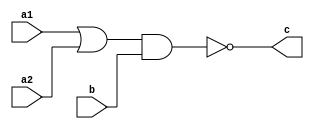
// An implementation of carry lookhead adder.
module oai21 (
	input a1, 
	input a2, 
	input b,
	output c
);
assign c = ~ ((a1 | a2)  & b);
endmodule

module aoi21 (
	input a1, 
	input a2, 
	input b,
	output c
);
assign c = ~((a1 & a2) | b );
endmodule


module adder_module_A (
	input i_bit1,
	input i_bit2,
	input i_carry,
	output o_sum,
	output o_ng,
	output o_np
);

wire nbit1, nbit2, nc, a, b1, b2;
not (nbit1, i_bit1);
not (nbit2, i_bit2);
not (nc, i_carry);

nor (o_np, i_bit1, i_bit2);
nand (o_ng, i_bit1, i_bit2);

wire x1, x2, x3, x4;
nand (x1, i_bit1, nbit2, nc);
nand (x2, nbit1, i_bit2, nc);
nand (x3, nbit1, nbit2, i_carry);
nand (x4, i_bit1, i_bit2, i_carry);
nand (o_sum, x1, x2, x3, x4);
endmodule



// for input,  1 comes from above and 2 comes from right.
// for output, 1 goes to up and 2 goes to right.
module adder_module_B_type_1 (
	input i_ng1, i_ng2,
	input i_np1, i_np2,
	input i_ncarry,
	output o_carry1, o_carry2,
	output o_g3, o_p3
);

nor (o_p3, i_np1, i_np2);
oai21 G1(i_np1, i_ng2, i_ng1, o_g3);
not (o_carry2, i_ncarry);
oai21 G2(i_np2, i_ncarry, i_ng2, o_carry1);

endmodule



module adder_module_B_type_2 (
	input i_g1, i_g2,
	input i_p1, i_p2,
	input i_carry,
	output o_ncarry1, o_ncarry2,
	output o_ng3, o_np3
);
nand (o_np3, i_p1, i_p2);
aoi21 G12(i_p1, i_g2, i_g1, o_ng3);
not (o_ncarry2, i_carry);
aoi21 G2(i_p2, i_carry, i_g2, o_ncarry1);
endmodule



module good_adder (
	input [31:0] A,
	input [31:0] B,
	input carry,
	output [31:0] S
);

wire [31:0] C;   // +
wire [31:0] G1;  // -
wire [31:0] P1;  // -

adder_module_A A1(.i_bit1(A[0]),.i_bit2(B[0]),.i_carry(C[0]),.o_sum(S[0]),.o_ng(G1[0]),.o_np(P1[0]));
adder_module_A A2(.i_bit1(A[1]),.i_bit2(B[1]),.i_carry(C[1]),.o_sum(S[1]),.o_ng(G1[1]),.o_np(P1[1]));
adder_module_A A3(.i_bit1(A[2]),.i_bit2(B[2]),.i_carry(C[2]),.o_sum(S[2]),.o_ng(G1[2]),.o_np(P1[2]));
adder_module_A A4(.i_bit1(A[3]),.i_bit2(B[3]),.i_carry(C[3]),.o_sum(S[3]),.o_ng(G1[3]),.o_np(P1[3]));
adder_module_A A5(.i_bit1(A[4]),.i_bit2(B[4]),.i_carry(C[4]),.o_sum(S[4]),.o_ng(G1[4]),.o_np(P1[4]));
adder_module_A A6(.i_bit1(A[5]),.i_bit2(B[5]),.i_carry(C[5]),.o_sum(S[5]),.o_ng(G1[5]),.o_np(P1[5]));
adder_module_A A7(.i_bit1(A[6]),.i_bit2(B[6]),.i_carry(C[6]),.o_sum(S[6]),.o_ng(G1[6]),.o_np(P1[6]));
adder_module_A A8(.i_bit1(A[7]),.i_bit2(B[7]),.i_carry(C[7]),.o_sum(S[7]),.o_ng(G1[7]),.o_np(P1[7]));
adder_module_A A9(.i_bit1(A[8]),.i_bit2(B[8]),.i_carry(C[8]),.o_sum(S[8]),.o_ng(G1[8]),.o_np(P1[8]));
adder_module_A A10(.i_bit1(A[9]),.i_bit2(B[9]),.i_carry(C[9]),.o_sum(S[9]),.o_ng(G1[9]),.o_np(P1[9]));
adder_module_A A11(.i_bit1(A[10]),.i_bit2(B[10]),.i_carry(C[10]),.o_sum(S[10]),.o_ng(G1[10]),.o_np(P1[10]));
adder_module_A A12(.i_bit1(A[11]),.i_bit2(B[11]),.i_carry(C[11]),.o_sum(S[11]),.o_ng(G1[11]),.o_np(P1[11]));
adder_module_A A13(.i_bit1(A[12]),.i_bit2(B[12]),.i_carry(C[12]),.o_sum(S[12]),.o_ng(G1[12]),.o_np(P1[12]));
adder_module_A A14(.i_bit1(A[13]),.i_bit2(B[13]),.i_carry(C[13]),.o_sum(S[13]),.o_ng(G1[13]),.o_np(P1[13]));
adder_module_A A15(.i_bit1(A[14]),.i_bit2(B[14]),.i_carry(C[14]),.o_sum(S[14]),.o_ng(G1[14]),.o_np(P1[14]));
adder_module_A A16(.i_bit1(A[15]),.i_bit2(B[15]),.i_carry(C[15]),.o_sum(S[15]),.o_ng(G1[15]),.o_np(P1[15]));
adder_module_A A17(.i_bit1(A[16]),.i_bit2(B[16]),.i_carry(C[16]),.o_sum(S[16]),.o_ng(G1[16]),.o_np(P1[16]));
adder_module_A A18(.i_bit1(A[17]),.i_bit2(B[17]),.i_carry(C[17]),.o_sum(S[17]),.o_ng(G1[17]),.o_np(P1[17]));
adder_module_A A19(.i_bit1(A[18]),.i_bit2(B[18]),.i_carry(C[18]),.o_sum(S[18]),.o_ng(G1[18]),.o_np(P1[18]));
adder_module_A A20(.i_bit1(A[19]),.i_bit2(B[19]),.i_carry(C[19]),.o_sum(S[19]),.o_ng(G1[19]),.o_np(P1[19]));
adder_module_A A21(.i_bit1(A[20]),.i_bit2(B[20]),.i_carry(C[20]),.o_sum(S[20]),.o_ng(G1[20]),.o_np(P1[20]));
adder_module_A A22(.i_bit1(A[21]),.i_bit2(B[21]),.i_carry(C[21]),.o_sum(S[21]),.o_ng(G1[21]),.o_np(P1[21]));
adder_module_A A23(.i_bit1(A[22]),.i_bit2(B[22]),.i_carry(C[22]),.o_sum(S[22]),.o_ng(G1[22]),.o_np(P1[22]));
adder_module_A A24(.i_bit1(A[23]),.i_bit2(B[23]),.i_carry(C[23]),.o_sum(S[23]),.o_ng(G1[23]),.o_np(P1[23]));
adder_module_A A25(.i_bit1(A[24]),.i_bit2(B[24]),.i_carry(C[24]),.o_sum(S[24]),.o_ng(G1[24]),.o_np(P1[24]));
adder_module_A A26(.i_bit1(A[25]),.i_bit2(B[25]),.i_carry(C[25]),.o_sum(S[25]),.o_ng(G1[25]),.o_np(P1[25]));
adder_module_A A27(.i_bit1(A[26]),.i_bit2(B[26]),.i_carry(C[26]),.o_sum(S[26]),.o_ng(G1[26]),.o_np(P1[26]));
adder_module_A A28(.i_bit1(A[27]),.i_bit2(B[27]),.i_carry(C[27]),.o_sum(S[27]),.o_ng(G1[27]),.o_np(P1[27]));
adder_module_A A29(.i_bit1(A[28]),.i_bit2(B[28]),.i_carry(C[28]),.o_sum(S[28]),.o_ng(G1[28]),.o_np(P1[28]));
adder_module_A A30(.i_bit1(A[29]),.i_bit2(B[29]),.i_carry(C[29]),.o_sum(S[29]),.o_ng(G1[29]),.o_np(P1[29]));
adder_module_A A31(.i_bit1(A[30]),.i_bit2(B[30]),.i_carry(C[30]),.o_sum(S[30]),.o_ng(G1[30]),.o_np(P1[30]));
adder_module_A A32(.i_bit1(A[31]),.i_bit2(B[31]),.i_carry(C[31]),.o_sum(S[31]),.o_ng(G1[31]),.o_np(P1[31]));


wire [15:0] G2;   // +
wire [15:0] P2;   // +
wire [15:0] C2;   // -
adder_module_B_type_1 B1_1(.i_ng1(G1[1]), .i_ng2(G1[0]),.i_np1(P1[1]), .i_np2(P1[0]),.i_ncarry(C2[0]),.o_carry1(C[1]), .o_carry2(C[0]),.o_g3(G2[0]), .o_p3(P2[0]));
adder_module_B_type_1 B1_2(.i_ng1(G1[3]), .i_ng2(G1[2]),.i_np1(P1[3]), .i_np2(P1[2]),.i_ncarry(C2[1]),.o_carry1(C[3]), .o_carry2(C[2]),.o_g3(G2[1]), .o_p3(P2[1]));
adder_module_B_type_1 B1_3(.i_ng1(G1[5]), .i_ng2(G1[4]),.i_np1(P1[5]), .i_np2(P1[4]),.i_ncarry(C2[2]),.o_carry1(C[5]), .o_carry2(C[4]),.o_g3(G2[2]), .o_p3(P2[2]));
adder_module_B_type_1 B1_4(.i_ng1(G1[7]), .i_ng2(G1[6]),.i_np1(P1[7]), .i_np2(P1[6]),.i_ncarry(C2[3]),.o_carry1(C[7]), .o_carry2(C[6]),.o_g3(G2[3]), .o_p3(P2[3]));
adder_module_B_type_1 B1_5(.i_ng1(G1[9]), .i_ng2(G1[8]),.i_np1(P1[9]), .i_np2(P1[8]),.i_ncarry(C2[4]),.o_carry1(C[9]), .o_carry2(C[8]),.o_g3(G2[4]), .o_p3(P2[4]));
adder_module_B_type_1 B1_6(.i_ng1(G1[11]), .i_ng2(G1[10]),.i_np1(P1[11]), .i_np2(P1[10]),.i_ncarry(C2[5]),.o_carry1(C[11]), .o_carry2(C[10]),.o_g3(G2[5]), .o_p3(P2[5]));
adder_module_B_type_1 B1_7(.i_ng1(G1[13]), .i_ng2(G1[12]),.i_np1(P1[13]), .i_np2(P1[12]),.i_ncarry(C2[6]),.o_carry1(C[13]), .o_carry2(C[12]),.o_g3(G2[6]), .o_p3(P2[6]));
adder_module_B_type_1 B1_8(.i_ng1(G1[15]), .i_ng2(G1[14]),.i_np1(P1[15]), .i_np2(P1[14]),.i_ncarry(C2[7]),.o_carry1(C[15]), .o_carry2(C[14]),.o_g3(G2[7]), .o_p3(P2[7]));
adder_module_B_type_1 B1_9(.i_ng1(G1[17]), .i_ng2(G1[16]),.i_np1(P1[17]), .i_np2(P1[16]),.i_ncarry(C2[8]),.o_carry1(C[17]), .o_carry2(C[16]),.o_g3(G2[8]), .o_p3(P2[8]));
adder_module_B_type_1 B1_10(.i_ng1(G1[19]), .i_ng2(G1[18]),.i_np1(P1[19]), .i_np2(P1[18]),.i_ncarry(C2[9]),.o_carry1(C[19]), .o_carry2(C[18]),.o_g3(G2[9]), .o_p3(P2[9]));
adder_module_B_type_1 B1_11(.i_ng1(G1[21]), .i_ng2(G1[20]),.i_np1(P1[21]), .i_np2(P1[20]),.i_ncarry(C2[10]),.o_carry1(C[21]), .o_carry2(C[20]),.o_g3(G2[10]), .o_p3(P2[10]));
adder_module_B_type_1 B1_12(.i_ng1(G1[23]), .i_ng2(G1[22]),.i_np1(P1[23]), .i_np2(P1[22]),.i_ncarry(C2[11]),.o_carry1(C[23]), .o_carry2(C[22]),.o_g3(G2[11]), .o_p3(P2[11]));
adder_module_B_type_1 B1_13(.i_ng1(G1[25]), .i_ng2(G1[24]),.i_np1(P1[25]), .i_np2(P1[24]),.i_ncarry(C2[12]),.o_carry1(C[25]), .o_carry2(C[24]),.o_g3(G2[12]), .o_p3(P2[12]));
adder_module_B_type_1 B1_14(.i_ng1(G1[27]), .i_ng2(G1[26]),.i_np1(P1[27]), .i_np2(P1[26]),.i_ncarry(C2[13]),.o_carry1(C[27]), .o_carry2(C[26]),.o_g3(G2[13]), .o_p3(P2[13]));
adder_module_B_type_1 B1_15(.i_ng1(G1[29]), .i_ng2(G1[28]),.i_np1(P1[29]), .i_np2(P1[28]),.i_ncarry(C2[14]),.o_carry1(C[29]), .o_carry2(C[28]),.o_g3(G2[14]), .o_p3(P2[14]));
adder_module_B_type_1 B1_16(.i_ng1(G1[31]), .i_ng2(G1[30]),.i_np1(P1[31]), .i_np2(P1[30]),.i_ncarry(C2[15]),.o_carry1(C[31]), .o_carry2(C[30]),.o_g3(G2[15]), .o_p3(P2[15]));



wire [7:0] G3;   // -
wire [7:0] P3;   // -
wire [7:0] C3;   // +
adder_module_B_type_2 B2_1(.i_g1(G2[1]), .i_g2(G2[0]),.i_p1(P2[1]), .i_p2(P2[0]),.i_carry(C3[0]),.o_ncarry1(C2[1]), .o_ncarry2(C2[0]),.o_ng3(G3[0]), .o_np3(P3[0]));
adder_module_B_type_2 B2_2(.i_g1(G2[3]), .i_g2(G2[2]),.i_p1(P2[3]), .i_p2(P2[2]),.i_carry(C3[1]),.o_ncarry1(C2[3]), .o_ncarry2(C2[2]),.o_ng3(G3[1]), .o_np3(P3[1]));
adder_module_B_type_2 B2_3(.i_g1(G2[5]), .i_g2(G2[4]),.i_p1(P2[5]), .i_p2(P2[4]),.i_carry(C3[2]),.o_ncarry1(C2[5]), .o_ncarry2(C2[4]),.o_ng3(G3[2]), .o_np3(P3[2]));
adder_module_B_type_2 B2_4(.i_g1(G2[7]), .i_g2(G2[6]),.i_p1(P2[7]), .i_p2(P2[6]),.i_carry(C3[3]),.o_ncarry1(C2[7]), .o_ncarry2(C2[6]),.o_ng3(G3[3]), .o_np3(P3[3]));
adder_module_B_type_2 B2_5(.i_g1(G2[9]), .i_g2(G2[8]),.i_p1(P2[9]), .i_p2(P2[8]),.i_carry(C3[4]),.o_ncarry1(C2[9]), .o_ncarry2(C2[8]),.o_ng3(G3[4]), .o_np3(P3[4]));
adder_module_B_type_2 B2_6(.i_g1(G2[11]), .i_g2(G2[10]),.i_p1(P2[11]), .i_p2(P2[10]),.i_carry(C3[5]),.o_ncarry1(C2[11]), .o_ncarry2(C2[10]),.o_ng3(G3[5]), .o_np3(P3[5]));
adder_module_B_type_2 B2_7(.i_g1(G2[13]), .i_g2(G2[12]),.i_p1(P2[13]), .i_p2(P2[12]),.i_carry(C3[6]),.o_ncarry1(C2[13]), .o_ncarry2(C2[12]),.o_ng3(G3[6]), .o_np3(P3[6]));
adder_module_B_type_2 B2_8(.i_g1(G2[15]), .i_g2(G2[14]),.i_p1(P2[15]), .i_p2(P2[14]),.i_carry(C3[7]),.o_ncarry1(C2[15]), .o_ncarry2(C2[14]),.o_ng3(G3[7]), .o_np3(P3[7]));


wire [3:0] G4;   // +
wire [3:0] P4;   // +
wire [3:0] C4;   // -
adder_module_B_type_1 B3_1(.i_ng1(G3[1]), .i_ng2(G3[0]),.i_np1(P3[1]), .i_np2(P3[0]),.i_ncarry(C4[0]),.o_carry1(C3[1]), .o_carry2(C3[0]),.o_g3(G4[0]), .o_p3(P4[0]));
adder_module_B_type_1 B3_2(.i_ng1(G3[3]), .i_ng2(G3[2]),.i_np1(P3[3]), .i_np2(P3[2]),.i_ncarry(C4[1]),.o_carry1(C3[3]), .o_carry2(C3[2]),.o_g3(G4[1]), .o_p3(P4[1]));
adder_module_B_type_1 B3_3(.i_ng1(G3[5]), .i_ng2(G3[4]),.i_np1(P3[5]), .i_np2(P3[4]),.i_ncarry(C4[2]),.o_carry1(C3[5]), .o_carry2(C3[4]),.o_g3(G4[2]), .o_p3(P4[2]));
adder_module_B_type_1 B3_4(.i_ng1(G3[7]), .i_ng2(G3[6]),.i_np1(P3[7]), .i_np2(P3[6]),.i_ncarry(C4[3]),.o_carry1(C3[7]), .o_carry2(C3[6]),.o_g3(G4[3]), .o_p3(P4[3]));


wire [1:0] G5;  // -
wire [1:0] P5;  // -
wire [1:0] C5;  // +
adder_module_B_type_2 B4_1(.i_g1(G4[1]), .i_g2(G4[0]),.i_p1(P4[1]), .i_p2(P4[0]),.i_carry(C5[0]),.o_ncarry1(C4[1]), .o_ncarry2(C4[0]),.o_ng3(G5[0]), .o_np3(P5[0]));
adder_module_B_type_2 B4_2(.i_g1(G4[3]), .i_g2(G4[2]),.i_p1(P4[3]), .i_p2(P4[2]),.i_carry(C5[1]),.o_ncarry1(C4[3]), .o_ncarry2(C4[2]),.o_ng3(G5[1]), .o_np3(P5[1]));

wire ncarry;
not (ncarry, carry);
adder_module_B_type_1 B5_1(.i_ng1(G5[1]), .i_ng2(G5[0]),.i_np1(P5[1]), .i_np2(P5[0]),.i_ncarry(ncarry),.o_carry1(C5[1]), .o_carry2(C5[0]),.o_g3(), .o_p3());
endmodule